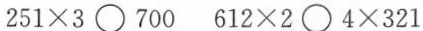
$$2 5 1 \times 3 \circ 7 0 0$$ $$6 1 2 \times 2 \circ 4 × 3 2 1$$